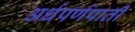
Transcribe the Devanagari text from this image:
अर्धपर्णपाती